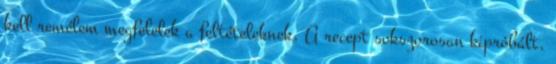
kell remélem megfelelek a feltételeknek. A recept sokszorosan kipróbált,